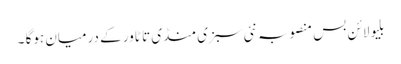
بلیو لائن بس منصوبہ نئی سبزی منڈی تا ٹاور کے درمیان ہوگا ۔